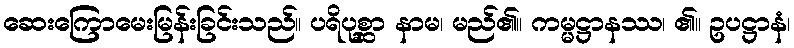
ဆေးကြောမေးမြန်းခြင်းသည်။ ပရိပုစ္ဆာ နာမ၊ မည်၏။ ကမ္မဋ္ဌာနဿ၊ ၏။ ဥပဋ္ဌာနံ၊